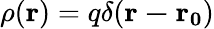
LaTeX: \rho(\mathbf{r})=q\delta(\mathbf{r-r_{0}})